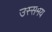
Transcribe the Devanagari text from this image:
उस्समय